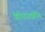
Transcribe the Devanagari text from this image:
पेरिटनाइटिस